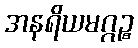
အနရိယမဂ္ဂဉ္စ